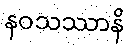
နဝသဿာနိ